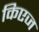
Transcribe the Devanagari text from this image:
किएज